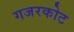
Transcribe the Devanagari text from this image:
गजरकोट